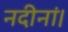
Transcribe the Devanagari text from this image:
नदीनां।